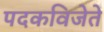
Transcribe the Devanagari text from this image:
पदकविजेते